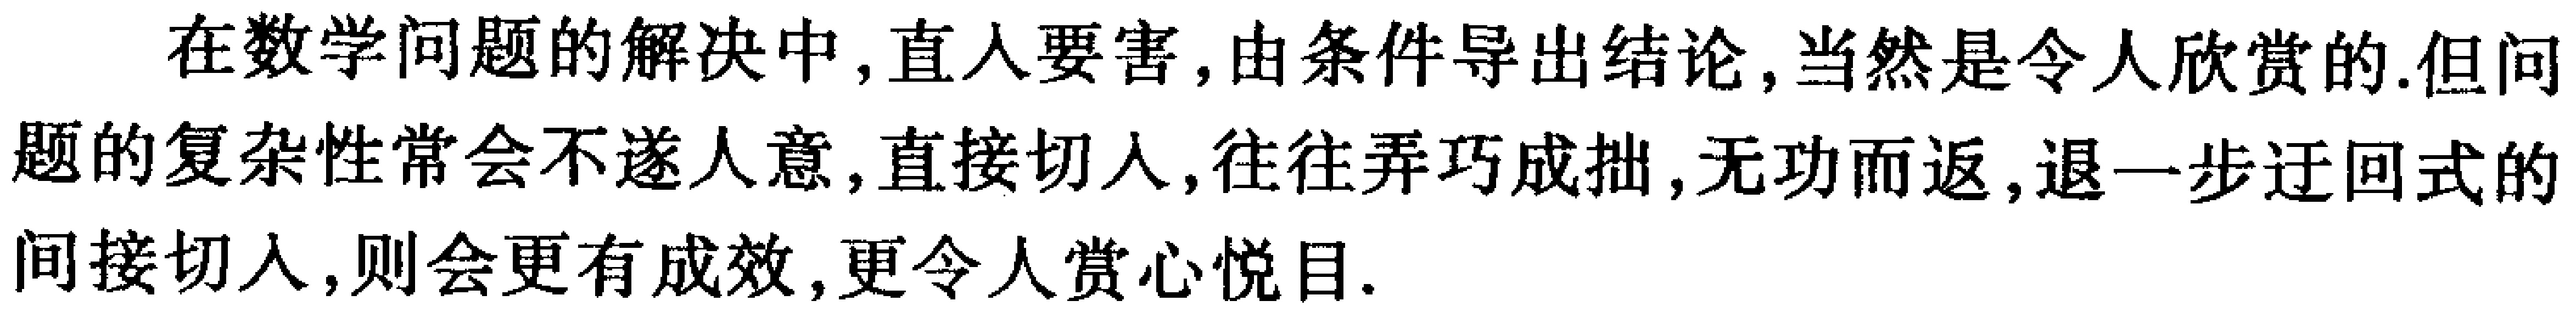
在数学问题的解决中,直入要害,由条件导出结论,当然是令人欣赏的.但问题的复杂性常会不遂人意,直接切入,往往弄巧成拙,无功而返,退一步迂回式的间接切入,则会更有成效,更令人赏心悦目.